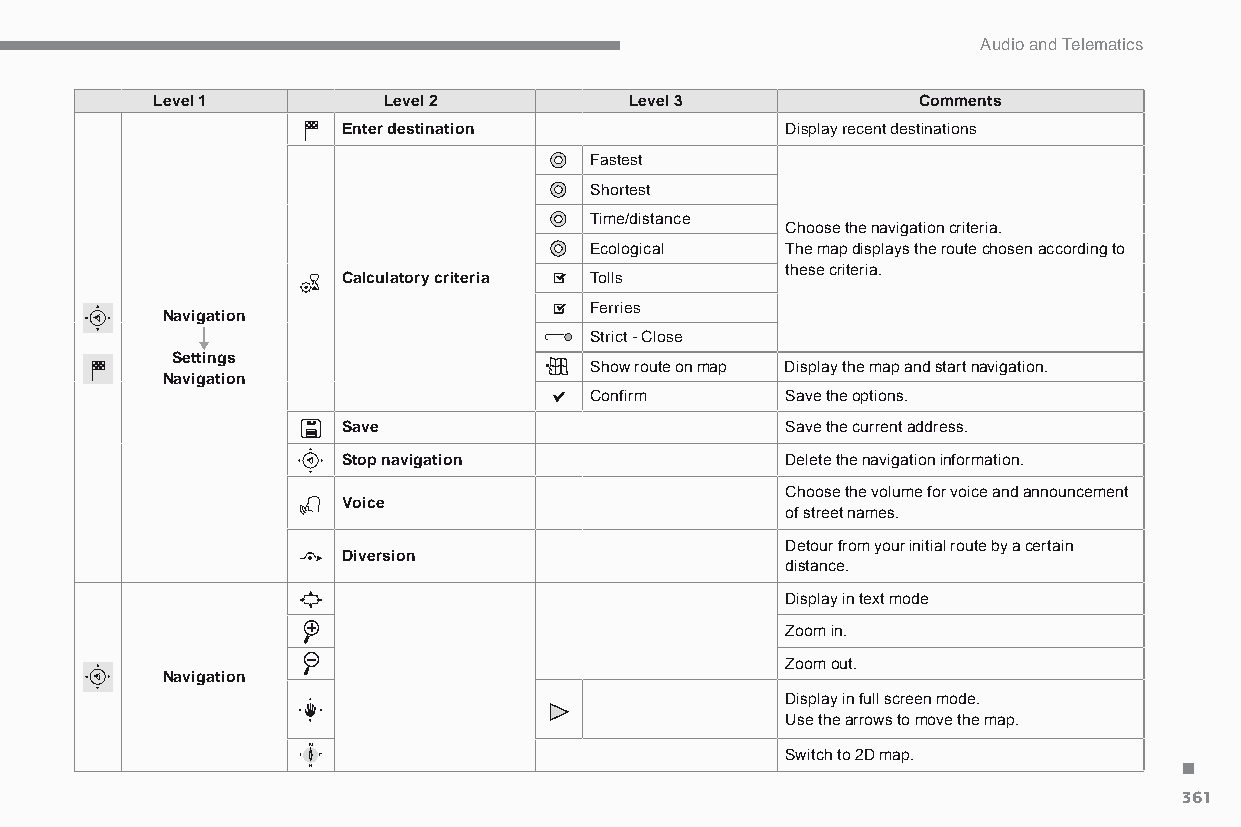
Audio and Telematics
 Level 1        Level 2          Level 3            Comments
 Enter destination            display recent destinations
 Fastest
 Shortest
 Time/distance
 Choose the navigation criteria.
 Ecological   The map displays the route chosen according to
 these criteria.
 Calculatory criteria Tolls
 Ferries
 Navigation
 Strict - Close
 Settings
 Show route on map Display the map and start navigation.
 Navigation
 Confirm      Save the options.
 Save                         Save the current address.
 Stop navigation              Delete the navigation information.
 Choose the volume for voice and announcement
 Voice
 of street names.
 Detour from your initial route by a certain
 Diversion
 distance.
 Display in text mode
 Zoom in.
 Zoom out.
 Navigation
 Display in full screen mode.
 Use the arrows to move the map.
 .
 Switch to 2D map.
 361
 C4-Picasso-II_en_Chap10b_SMEGplus_ed01-2015